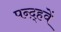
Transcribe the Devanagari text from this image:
पन्द़्हवें